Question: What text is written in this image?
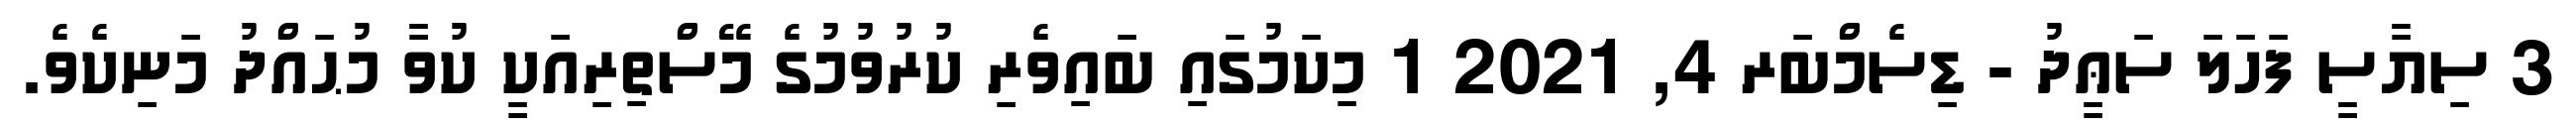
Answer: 3 ސިޔާސީ ފަހަލަ ސަޢީދު - ޑިސެމްބަރ 4, 2021 1 މިކަމުގައި ބައިވެރި ކުރުވުމުގެ މޭސްތިރިއަކީ ކުވާ މުޙައްދު މަނިކެވެ.